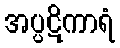
အပ္ပဋိကာရံ